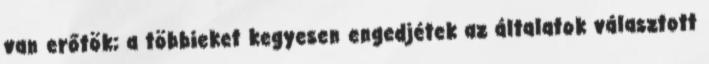
van erőtök; a többieket kegyesen engedjétek az általatok választott